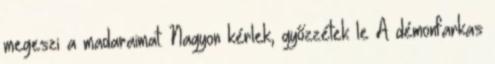
megeszi a madaraimat. Nagyon kérlek, győzzétek le A démonfarkas